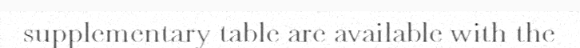
supplementary table are available with the